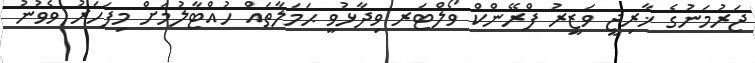
ޖަރުމަނުގެ ޚާރިޖީ ވަޒީރު ފްރޭންކް ވޯލްޓަރ ވިދާޅުވީ ޙަމަލާތައް ހުއްޓާލުމަށް މިފަހަރު ވެވުނު